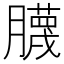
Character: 𱼢